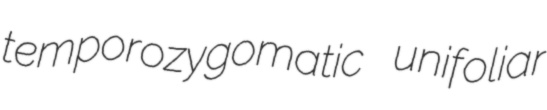
temporozygomatic unifoliar